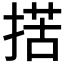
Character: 𢱗